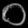
Digit: ၀